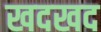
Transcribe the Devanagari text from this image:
खदखद